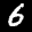
Label: 6